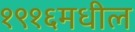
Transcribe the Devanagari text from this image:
१९१६मधील